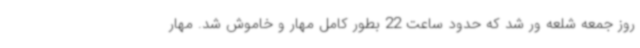
روز جمعه شلعه ور شد که حدود ساعت 22 بطور کامل مهار و خاموش شد. مهار